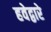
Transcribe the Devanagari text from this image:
हवेद्वारे